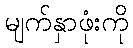
မျက်နှာဖုံးကို